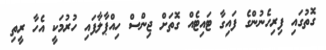
ގޮތުގައި ފިރިހެނުންގެ ފައިގާ ޓައިޓެއް ގޮތަށް ޖިންސް ހިއްޕާލާފައި ހުރުމަކީ އެހާ ރީތި